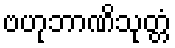
ဗဟုဘာဏိသုတ္တံ